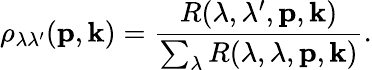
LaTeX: \rho_{\lambda\lambda^{\prime}}({\mathbf p},{\mathbf k})=\frac{R(\lambda,\lambda^{\prime},{\mathbf p},{\mathbf k})}{\sum_{\lambda}R(\lambda,\lambda,{\mathbf p},{\mathbf k})}.